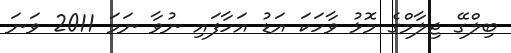
ބިލްގޭ ޖިލާމްގެ މޮޅު ވާހަކަ އަޑު އަހާފައި ނުވާ ނަމަ 2011 ވަނަ